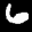
Label: 6